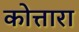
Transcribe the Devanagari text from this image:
कोत्तारा